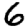
Digit: 6